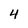
Character: 4